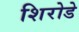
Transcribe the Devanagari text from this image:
शिरोडे